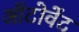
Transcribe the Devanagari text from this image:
ऑटोवेंट